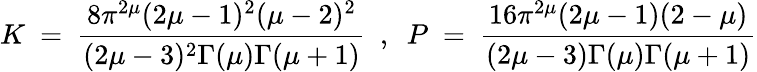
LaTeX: K~=~\frac{8\pi^{2\mu}(2\mu-1)^{2}(\mu-2)^{2}}{(2\mu-3)^{2}\Gamma(\mu)\Gamma(\mu+1)}~~,~~P~=~\frac{16\pi^{2\mu}(2\mu-1)(2-\mu)}{(2\mu-3)\Gamma(\mu)\Gamma(\mu+1)}